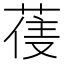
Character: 𮏼